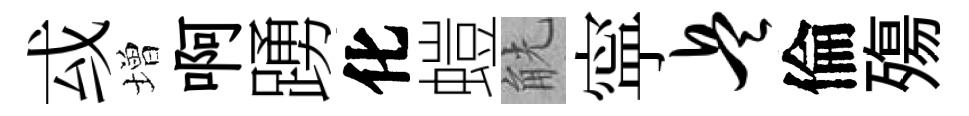
㦯増啊踴化螘觥寜兵倫殤